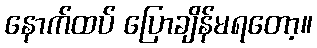
နောက်ထပ် ပြောချိန်မရတော့။